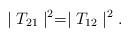
LaTeX: \begin{align*} \mid T_{21}\mid^{2} = \mid T_{12}\mid^{2} .\end{align*}